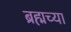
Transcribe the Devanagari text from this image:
ब्रह्मच्या